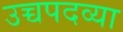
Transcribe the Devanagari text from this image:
उच्चपदव्या